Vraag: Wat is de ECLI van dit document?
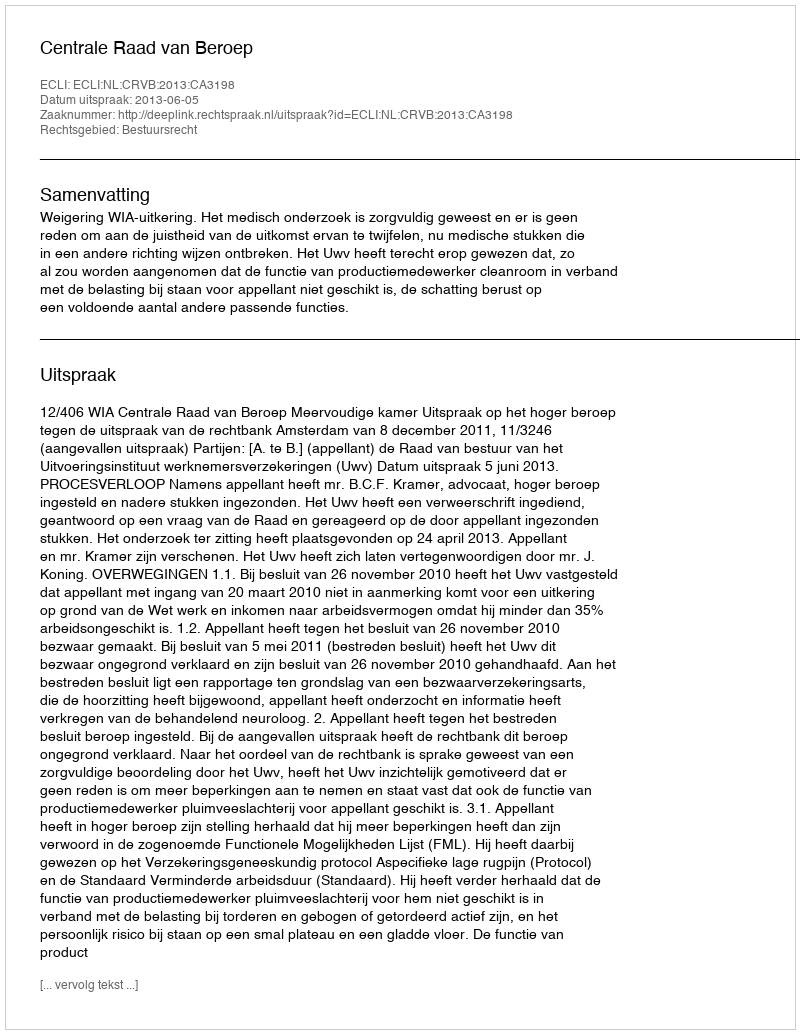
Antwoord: ECLI:NL:CRVB:2013:CA3198